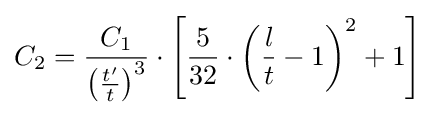
{C_{2}}={\frac {C_{1}}{\left({\frac {t'}{t}}\right)^{3}}}\cdot \left[{\frac {5}{32}}\cdot \left({\frac {l}{t}}-1\right)^{2}+1\right]